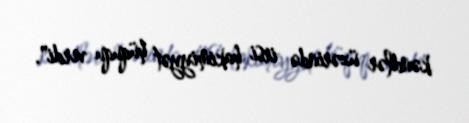
kəndlər üzərində irsi hakimiyyət hüququ verdi".